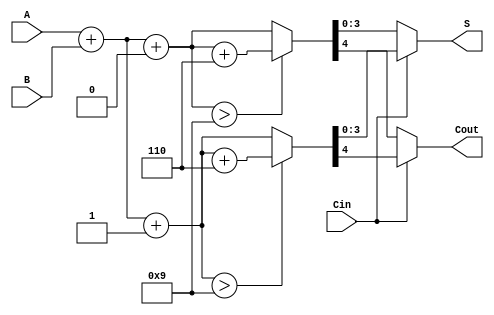
module BCD_MCSA (
    input  [3:0] A,      // BCD digit A
    input  [3:0] B,      // BCD digit B
    input        Cin,     // Carry-in
    output [3:0] S,      // BCD Sum
    output       Cout     // Carry-out
);

// Intermediate sums for Cin = 0 and Cin = 1
wire [4:0] Sum0;       // Sum for Cin = 0
wire [4:0] Sum1;       // Sum for Cin = 1
wire [4:0] CorrectedSum0; // Corrected Sum for Cin = 0
wire [4:0] CorrectedSum1; // Corrected Sum for Cin = 1

// Compute the initial sums
assign Sum0 = A + B + 0; // Sum when Cin = 0
assign Sum1 = A + B + 1; // Sum when Cin = 1

// BCD correction logic
assign CorrectedSum0 = (Sum0 > 9) ? (Sum0 + 5'd6) : Sum0; // Add 6 if Sum0 > 9
assign CorrectedSum1 = (Sum1 > 9) ? (Sum1 + 5'd6) : Sum1; // Add 6 if Sum1 > 9

// Final output selection based on Cin
assign S = (Cin) ? CorrectedSum1[3:0] : CorrectedSum0[3:0]; // Select the correct sum
assign Cout = (Cin) ? CorrectedSum1[4] : CorrectedSum0[4]; // Carry-out from the selected sum

endmodule